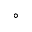
^ \circ